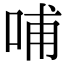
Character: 哺